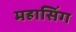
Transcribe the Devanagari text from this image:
महासिंग